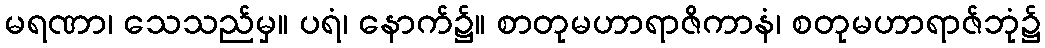
မရဏာ၊ သေသည်မှ။ ပရံ၊ နောက်၌။ စာတုမဟာရာဇိကာနံ၊ စတုမဟာရာဇ်ဘုံ၌